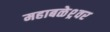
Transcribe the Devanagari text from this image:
महाबळेश्र्वर